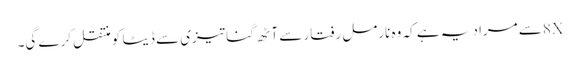
8Xسے مراد یہ ہے کہ وہ نارمل رفتار سے آٹھ گنا تیزی سے ڈیٹا کو منتقل کرے گی۔